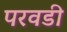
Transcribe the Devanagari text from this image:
परवडी